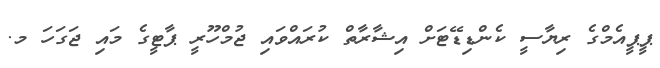
ޕީޕީއެމްގެ ރިޔާސީ ކެންޑިޑޭޓަށް އިޝާރާތް ކުރައްވައި ޖުމްހޫރީ ޕާޓީގެ މައި ޖަގަހަ މ.